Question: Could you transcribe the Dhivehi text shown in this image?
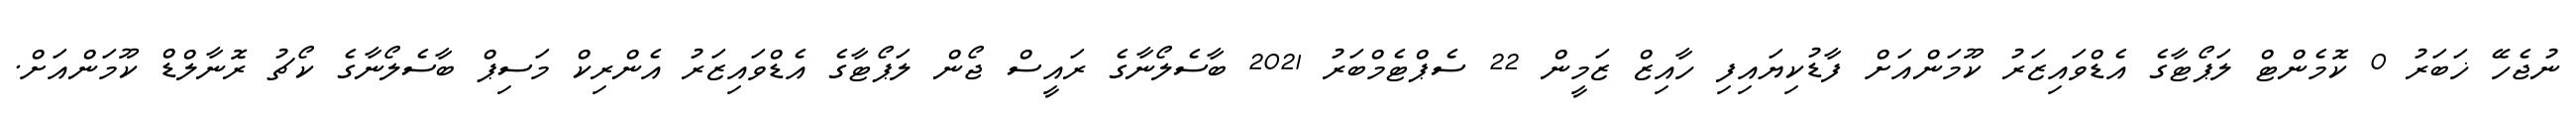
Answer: ނުޖެހޭ ޚަބަރު 0 ކޮމެންޓް ލަޕޯޓާގެ އެޑްވައިޒަރު ކޫމަންއަށް ފާޑުކިޔައިފި ހާއިޒް ޒަމީން 22 ސެޕްޓެމްބަރު 2021 ބާސެލޯނާގެ ރައީސް ޖޯން ލަޕޯޓާގެ އެޑްވައިޒަރު އެންރިކް މަސިޕް ބާސެލޯނާގެ ކޯޗު ރޮނާލްޑް ކޫމަންއަށް.